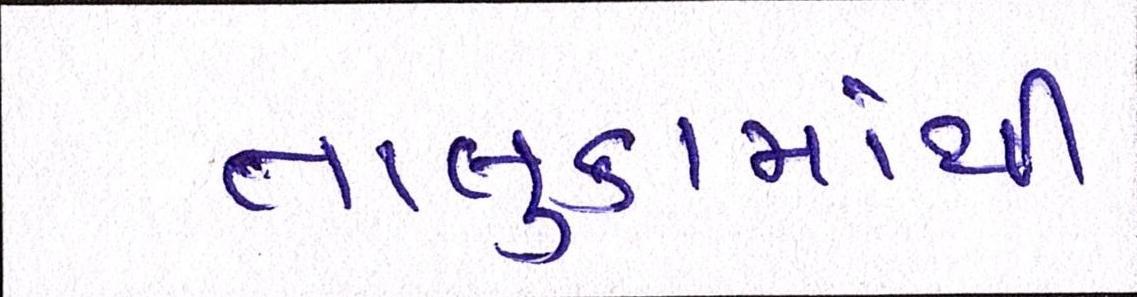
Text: તાલુકામાંથી